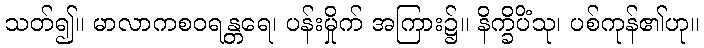
သတ်၍။ မာလာကစဝရန္တရေ၊ ပန်းမှိုက် အကြား၌။ နိက္ခိပိံသု၊ ပစ်ကုန်၏ဟု။